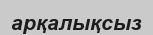
арқалықсыз